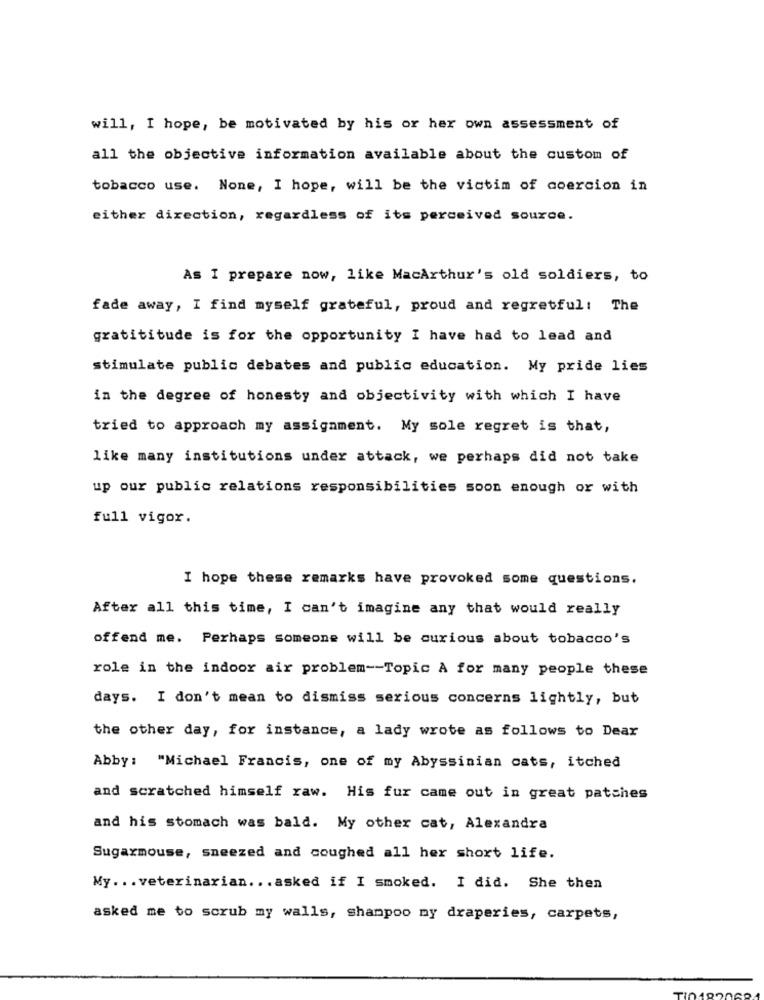
will, I hope, be motivated by his or her own assessment of
all the objective information available about the custom of
tobacco use. None, I hope, will be the victim of coercion in
either direction, regardless of its perceived source.
As I prepare now, like MacArthur's old soldiers, to
fade away, I find myself grateful, proud and regretful: The
gratititude is for the opportunity I have had to lead and
stimulate public debates and public education. My pride lies
in the degree of honesty and objectivity with which I have
tried to approach my assignment. My sole regret is that,
like many institutions under attack, we perhaps did not take
up our public relations responsibilities soon enough or with
full vigor.
I hope these remarks have provoked some questions.
After all this time, I can't imagine any that would really
offend me. Perhaps someone will be curious about tobacco's
role in the indoor air problem -- Topic A for many people these
days. I don't mean to dismiss serious concerns lightly, but
the other day, for instance, a lady wrote as follows to Dear
Abby: "Michael Francis, one of my Abyssinian cats, itched
and scratched himself raw. His fur came out in great patches
and his stomach was bald. My other cat, Alexandra
Sugarmouse, sneezed and coughed all her short life.
My ... veterinarian ... asked if I smoked. I did. She then
asked me to scrub my walls, shampoo my draperies, carpets,